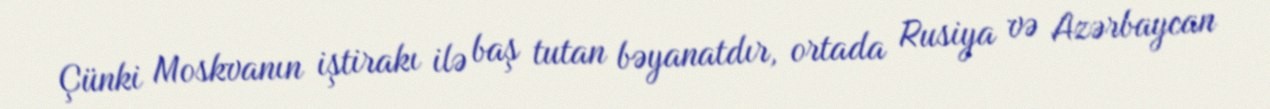
Çünki Moskvanın iştirakı ilə baş tutan bəyanatdır, ortada Rusiya və Azərbaycan